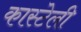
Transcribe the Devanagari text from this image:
कास्टेली